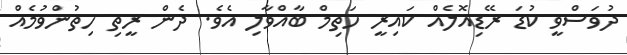
ދުވަސްވީ ކުޑަ ރޭޑިއޮލެއް ކައިރީ ހަތިމް ބާއްވާލި އެވެ. ދެން ރީތި ހިތުންވުމެއް